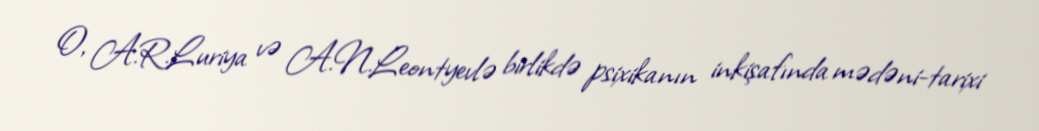
O, A.R.Luriya və A.N.Leontyevlə birlikdə psixikanın inkişafında mədəni-tarixi